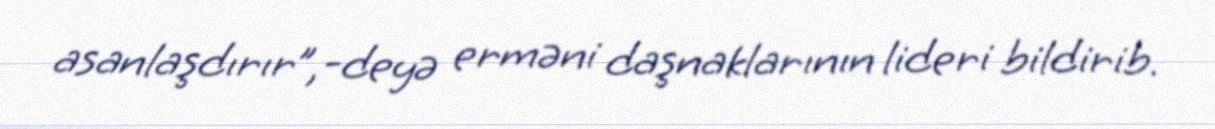
asanlaşdırır”,-deyə erməni daşnaklarının lideri bildirib.